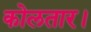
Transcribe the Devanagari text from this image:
कोलतार।